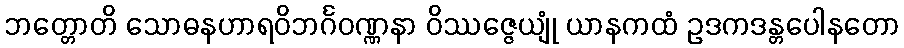
ဘတ္တောတိ သောဓနဟာရဝိဘင်္ဂဝဏ္ဏနာ ဝိဿဇ္ဇေယျုံ ယာနကထံ ဥဒကဒန္တပေါနတော